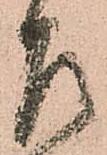
乍